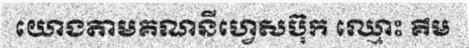
យោងតាមគណនីហ្វេសប៊ុក ឈ្មោះ គឹម